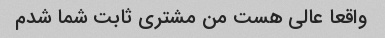
واقعا عالی هست من مشتری ثابت شما شدم